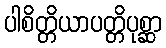
ပါစိတ္တိယာပတ္တိပုစ္ဆာ